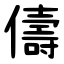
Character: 儔